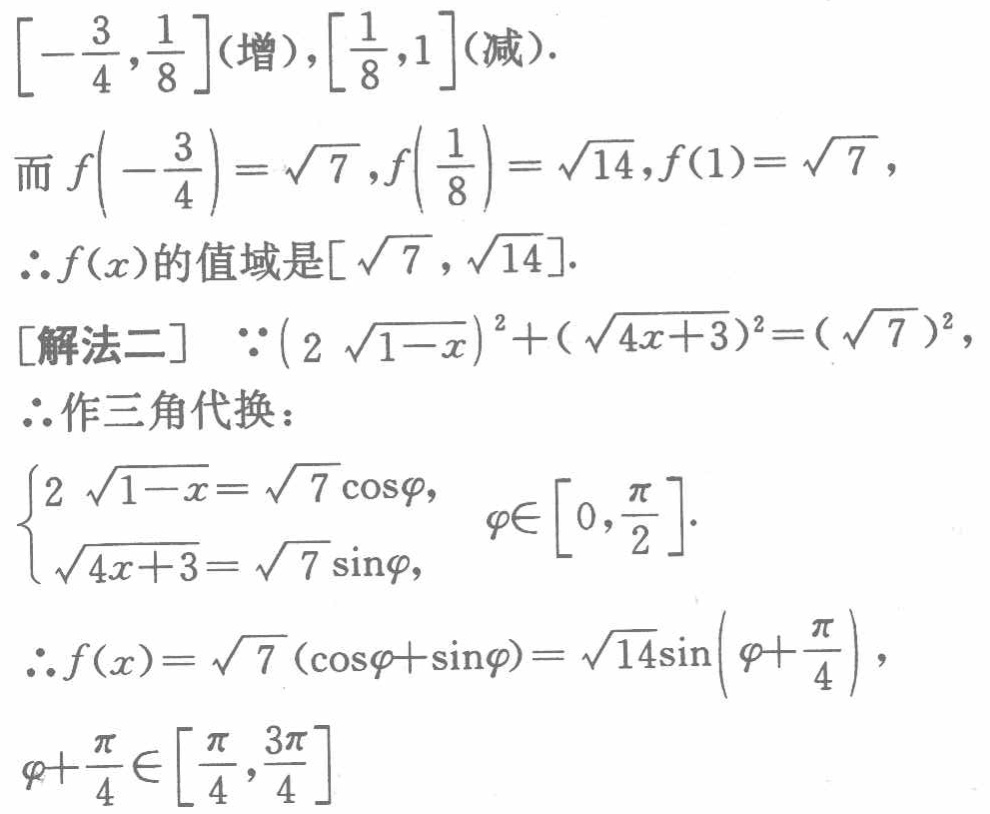
$\left[-\frac{3}{4},\frac{1}{8}\right](增),\left[\frac{1}{8},1\right](减).$

而$f\left(-\frac{3}{4}\right)=\sqrt{7},f\left(\frac{1}{8}\right)=\sqrt{14},f(1)=\sqrt{7},$

$\therefore f(x)$的值域是$[\sqrt{7},\sqrt{14}].$

[解法二] $\because(2\sqrt{1 - x})^2+(\sqrt{4x + 3})^2=(\sqrt{7})^2,$

$\therefore$作三角代换：

$\begin{cases}2\sqrt{1 - x}=\sqrt{7}\cos\varphi,\\\sqrt{4x + 3}=\sqrt{7}\sin\varphi,\end{cases}\varphi\in\left[0,\frac{\pi}{2}\right].$

$\therefore f(x)=\sqrt{7}(\cos\varphi+\sin\varphi)=\sqrt{14}\sin\left(\varphi+\frac{\pi}{4}\right),$

$\varphi+\frac{\pi}{4}\in\left[\frac{\pi}{4},\frac{3\pi}{4}\right]$